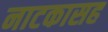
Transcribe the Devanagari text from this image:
नाटकासह